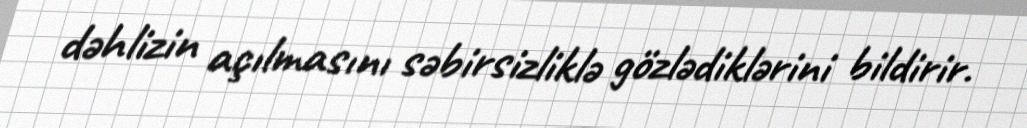
dəhlizin açılmasını səbirsizliklə gözlədiklərini bildirir.